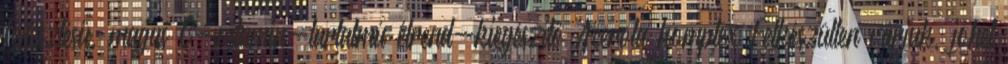
fejlesztésű, magas C-vitamin-tartalmú étrend-kiegészítő Acerola komplex Felkészülten várjuk, jöhet